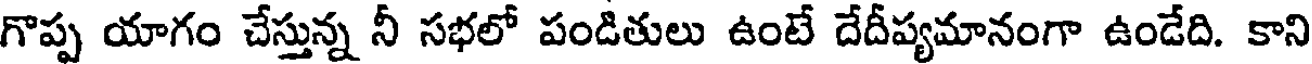
గొప్ప యాగం చేస్తున్న నీ సభలో పండితులు ఉంటే దేదీప్యమానంగా ఉండేది. కాని